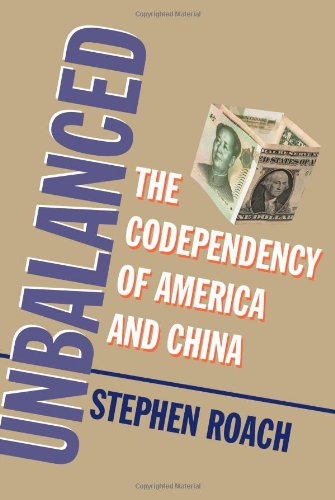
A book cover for Unbalanced: The Codependency of America and China; Stephen Roach; Business & Money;